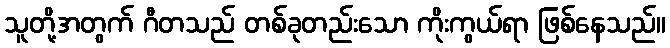
သူတို့အတွက် ဂီတသည် တစ်ခုတည်းသော ကိုးကွယ်ရာ ဖြစ်နေသည်။